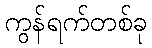
ကွန်ရက်တစ်ခု